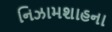
નિઝામશાહના